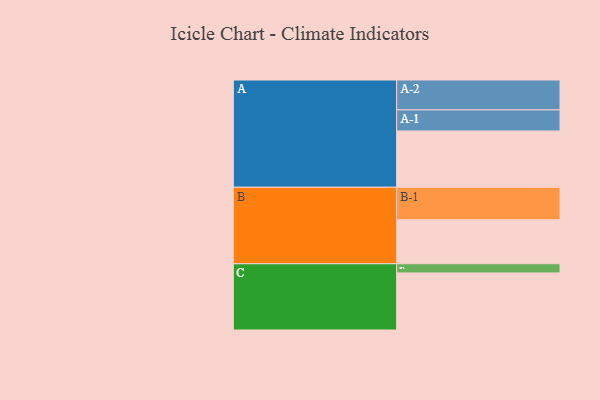
{"axis": {"x": "Segment", "y": "Value"}, "legend": ["", "A", "B", "C"], "data": [{"x": "A", "y": 435, "type": ""}, {"x": "B", "y": 340, "type": ""}, {"x": "C", "y": 441, "type": ""}, {"x": "A-1", "y": 163, "type": "A"}, {"x": "A-2", "y": 231, "type": "A"}, {"x": "B-1", "y": 251, "type": "B"}, {"x": "C-1", "y": 71, "type": "C"}]}